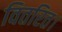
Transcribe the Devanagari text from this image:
वितरित।